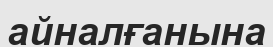
айналғанына